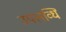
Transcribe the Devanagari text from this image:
उपलव्धि